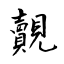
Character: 覿